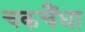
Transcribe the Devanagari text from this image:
चकचैंधा